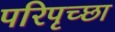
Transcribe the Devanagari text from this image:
परिपृच्छा